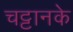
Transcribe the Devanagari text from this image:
चट्टानके